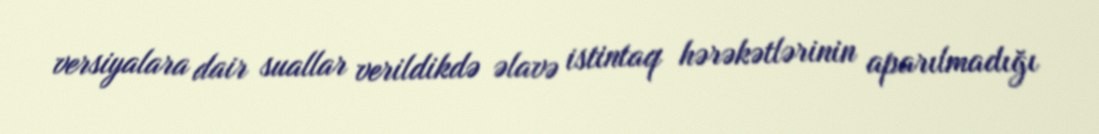
versiyalara dair suallar verildikdə əlavə istintaq hərəkətlərinin aparılmadığı